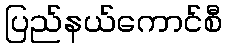
ပြည်နယ်ကောင်စီ